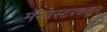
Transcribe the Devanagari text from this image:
मॅन्चेस्टरकडून